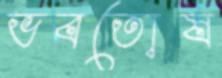
ভবতোষ